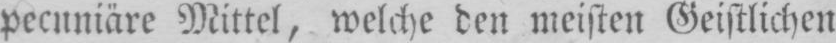
pecuniäre Mittel, welche den meisten Geistlichen